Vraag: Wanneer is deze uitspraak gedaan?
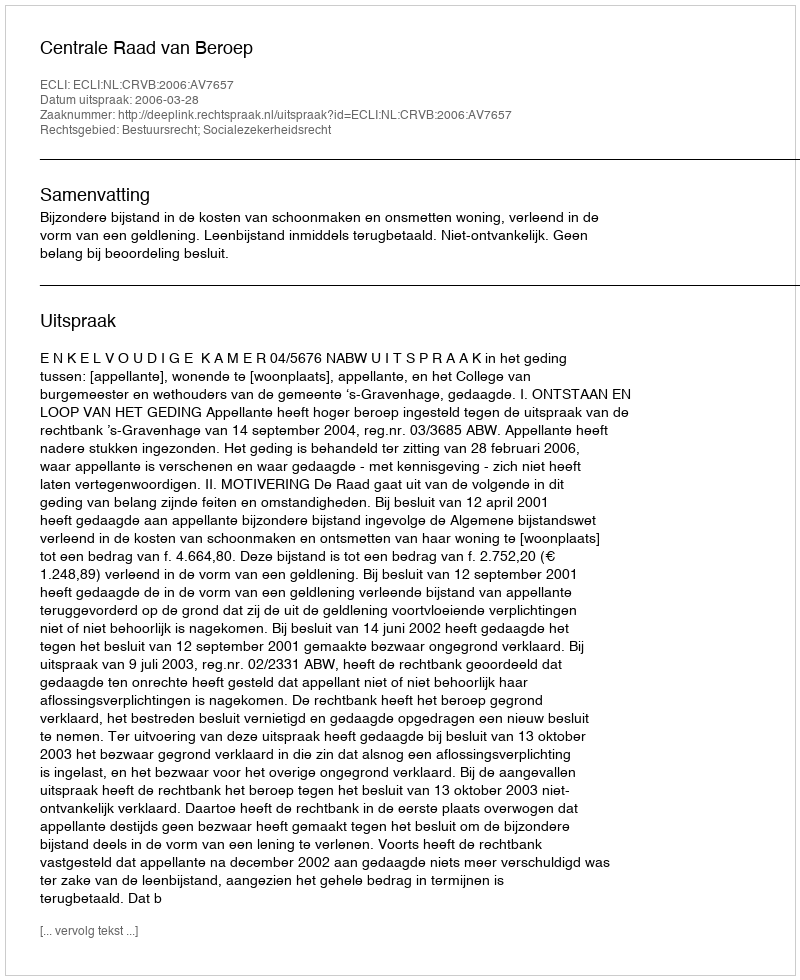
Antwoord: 2006-03-28